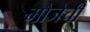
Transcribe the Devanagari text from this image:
मौजेची